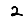
Digit: 2